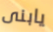
يابنى